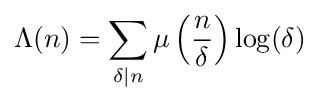
\Lambda (n)=\sum _{\delta \mid n}\mu \left({\frac {n}{\delta }}\right)\log(\delta )